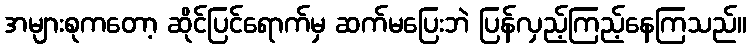
အများစုကတော့ ဆိုင်ပြင်ရောက်မှ ဆက်မပြေးဘဲ ပြန်လှည့်ကြည့်နေကြသည်။